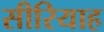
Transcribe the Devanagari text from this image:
सीरियाह